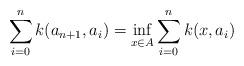
LaTeX: \begin{align*}\sum_{i=0}^{n} k(a_{n+1},a_{i})=\inf_{x\in A} \sum_{i=0}^{n} k(x,a_{i})\end{align*}